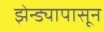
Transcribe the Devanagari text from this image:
झेन्ड्यापासून